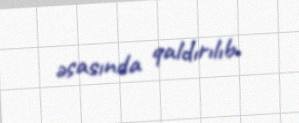
əsasında qaldırılıb.